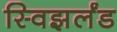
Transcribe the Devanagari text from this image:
स्विझर्लंड